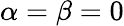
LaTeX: \alpha=\beta=0